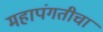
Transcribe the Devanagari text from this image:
महापंगतीचा